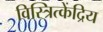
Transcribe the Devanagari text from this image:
विस्त्रित्केंद्रिय